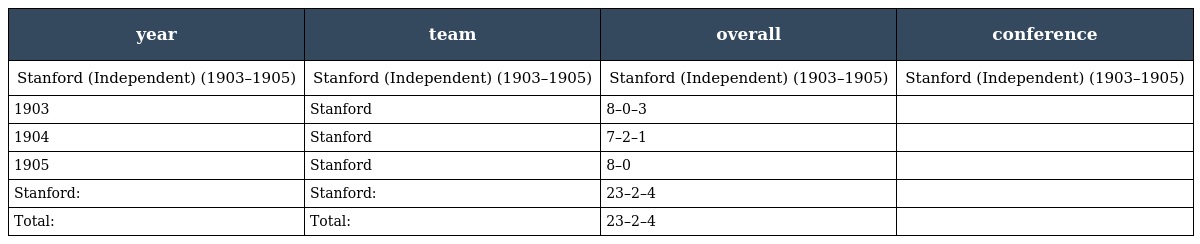
| year | team | overall | conference |
 | --- | --- | --- | --- |
 | Stanford (Independent) (1903–1905) | Stanford (Independent) (1903–1905) | Stanford (Independent) (1903–1905) | Stanford (Independent) (1903–1905) |
 | 1903 | Stanford | 8–0–3 |  |
 | 1904 | Stanford | 7–2–1 |  |
 | 1905 | Stanford | 8–0 |  |
 | Stanford: | Stanford: | 23–2–4 |  |
 | Total: | Total: | 23–2–4 |  |